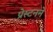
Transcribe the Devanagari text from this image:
प्रेस्टनने